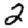
Digit: 2